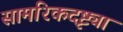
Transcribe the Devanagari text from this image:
सामरिकदृष्ट्या